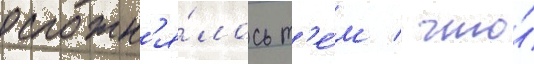
осложн'я́лось т'е́м / что́